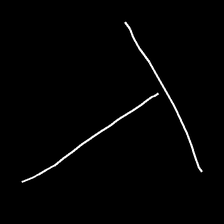
Glyph: column